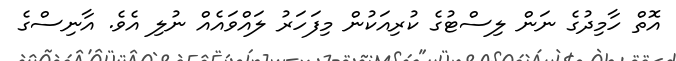
އޮތް ހާމިދުގެ ނަން ލިސްޓުގެ ކުރިއަކުން މިފަހަރު ލައްވައެއް ނުލި އެވެ. އާނިސްގެ